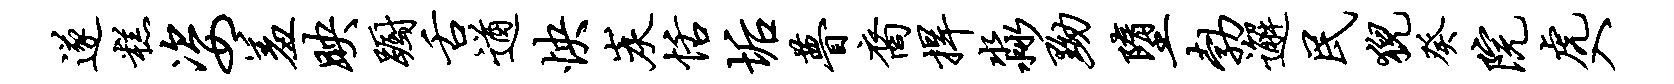
遂糕姿羞映蹰舌遒怏炭恬垢瞢裔捍淼黝堕勃邂民猊癸院虎入